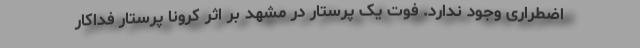
اضطراری وجود ندارد. فوت یک پرستار در مشهد بر اثر کرونا پرستار فداکار